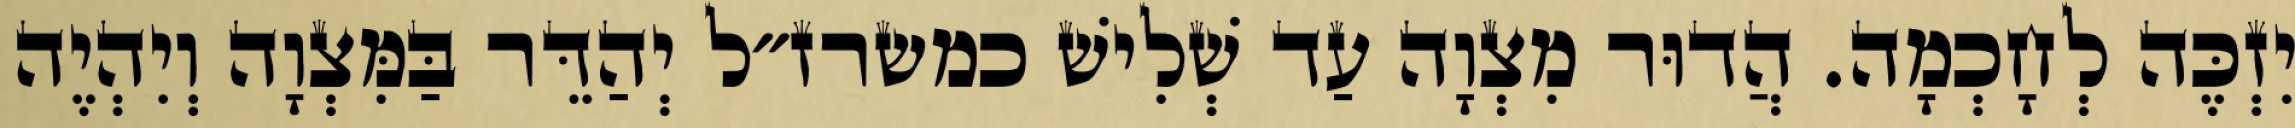
יִזְכֶּה לְחָכְמָה. הֲדוּר מִצְוָה עַד שְׁלִישׁ כמשרז״ל יְהַדֵּר בַּמִּצְוָה וְיִהְיֶה